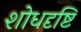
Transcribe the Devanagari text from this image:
शोधदृष्टि